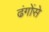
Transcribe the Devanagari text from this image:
ढंगोंसे